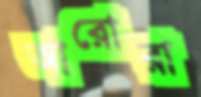
আরোরা